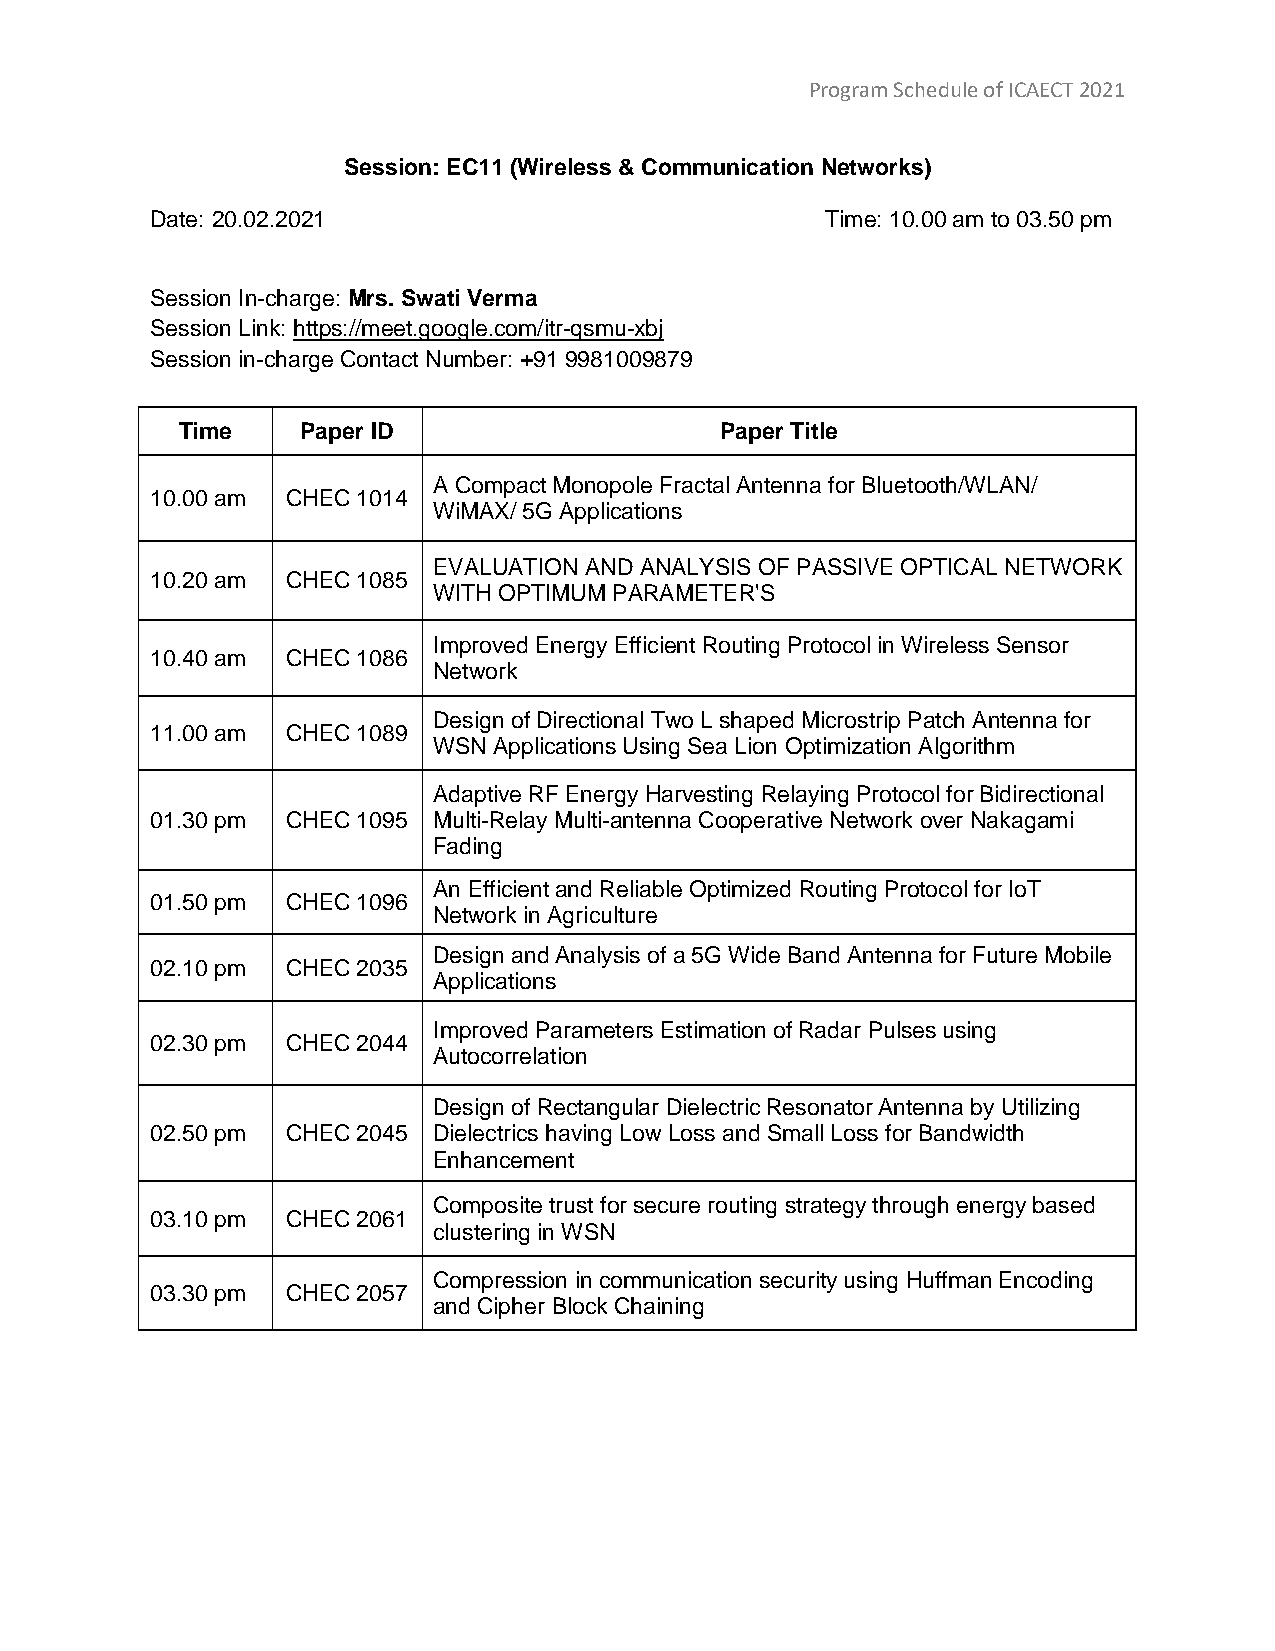
Program Schedule of ICAECT 2021
 Session: EC11 (Wireless & Communication Networks)
 Date: 20.02.2021                             Time: 10.00 am to 03.50 pm
 Session In-charge: Mrs. Swati Verma
 Session Link: https://meet.google.com/itr-qsmu-xbj
 Session in-charge Contact Number: +91 9981009879
 Time    Paper ID                    Paper Title
 A Compact Monopole Fractal Antenna for Bluetooth/WLAN/
 10.00 am CHEC 1014
 WiMAX/ 5G Applications
 EVALUATION AND ANALYSIS OF PASSIVE OPTICAL NETWORK
 10.20 am CHEC 1085
 WITH OPTIMUM PARAMETER'S
 Improved Energy Efficient Routing Protocol in Wireless Sensor
 10.40 am CHEC 1086
 Network
 Design of Directional Two L shaped Microstrip Patch Antenna for
 11.00 am CHEC 1089
 WSN Applications Using Sea Lion Optimization Algorithm
 Adaptive RF Energy Harvesting Relaying Protocol for Bidirectional
 01.30 pm CHEC 1095 Multi-Relay Multi-antenna Cooperative Network over Nakagami
 Fading
 An Efficient and Reliable Optimized Routing Protocol for IoT
 01.50 pm CHEC 1096
 Network in Agriculture
 Design and Analysis of a 5G Wide Band Antenna for Future Mobile
 02.10 pm CHEC 2035
 Applications
 Improved Parameters Estimation of Radar Pulses using
 02.30 pm CHEC 2044
 Autocorrelation
 Design of Rectangular Dielectric Resonator Antenna by Utilizing
 02.50 pm CHEC 2045 Dielectrics having Low Loss and Small Loss for Bandwidth
 Enhancement
 Composite trust for secure routing strategy through energy based
 03.10 pm CHEC 2061
 clustering in WSN
 Compression in communication security using Huffman Encoding
 03.30 pm CHEC 2057
 and Cipher Block Chaining